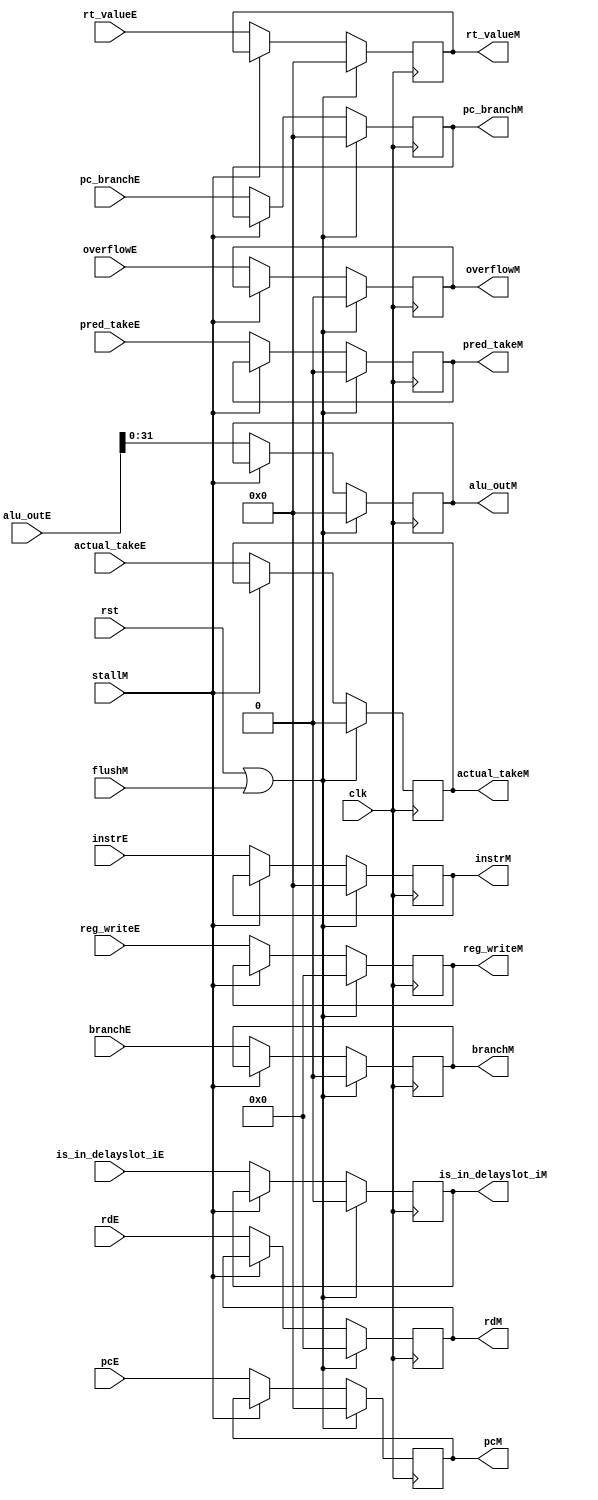
module E_to_M (
    input wire clk, rst,flushM,
    input wire stallM,
    input wire [31:0] pcE,
    input wire [63:0] alu_outE,
    input wire [31:0] rt_valueE,
    input wire [4:0] reg_writeE,
    input wire [31:0] instrE,
    input wire branchE,
    input wire pred_takeE,
    input wire [31:0] pc_branchE,
    input wire overflowE,
    input wire is_in_delayslot_iE,
    input wire [4:0] rdE,
    input wire actual_takeE,


    output reg [31:0] pcM,
    output reg [31:0] alu_outM,
    output reg [31:0] rt_valueM,
    output reg [4:0] reg_writeM,
    output reg [31:0] instrM,
    output reg branchM,
    output reg pred_takeM,
    output reg [31:0] pc_branchM,
    output reg overflowM,        
    output reg is_in_delayslot_iM,
    output reg [4:0] rdM,
    output reg actual_takeM
);
    always @(posedge clk) begin
        if(rst | flushM) begin
            pcM                     <=              0;
            alu_outM                <=              0;
            rt_valueM               <=              0;
            reg_writeM              <=              0;
            instrM                  <=              0;
            branchM                 <=              0;
            pred_takeM              <=              0;
            pc_branchM              <=              0;
            overflowM               <=              0;
            is_in_delayslot_iM      <=              0;
            rdM                     <=              0;
            actual_takeM            <=              0;
        end
        else if(~stallM) begin
            pcM                     <=           pcE                ;
            alu_outM                <=           alu_outE[31:0]     ;
            rt_valueM               <=           rt_valueE          ;
            reg_writeM              <=           reg_writeE         ;
            instrM                  <=           instrE             ;
            branchM                 <=           branchE            ;
            pred_takeM              <=           pred_takeE         ;
            pc_branchM              <=           pc_branchE         ;
            overflowM               <=           overflowE          ;
            is_in_delayslot_iM      <=           is_in_delayslot_iE ;
            rdM                     <=           rdE                ;
            actual_takeM            <=           actual_takeE       ;
        end
    end
endmodule